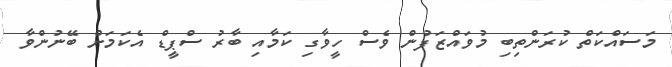
މަސައްކަތް ކުރަންތިބި މުވައްޒަފުން ވެސް ހީވާގި ކަމާއި ބާރު ސްޕީޑް އެކަމަށް ބޭނުންވާ